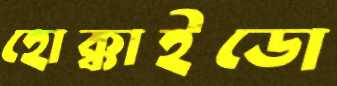
হোক্কাইডো